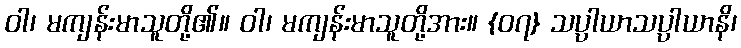
ဝါ၊ မကျန်းမာသူတို့၏။ ဝါ၊ မကျန်းမာသူတို့အား။ {၀၇} သပ္ပာယာသပ္ပာယာနိ၊